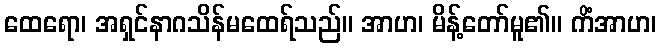
ထေရော၊ အရှင်နာဂသိန်မထေရ်သည်။ အာဟ၊ မိန့်တော်မူ၏။ ကိံအာဟ၊